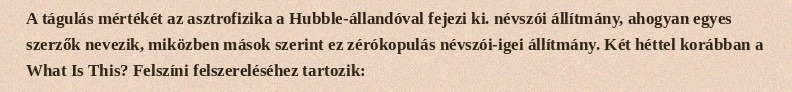
A tágulás mértékét az asztrofizika a Hubble-állandóval fejezi ki. névszói állítmány, ahogyan egyes szerzők nevezik, miközben mások szerint ez zérókopulás névszói-igei állítmány. Két héttel korábban a What Is This? Felszíni felszereléséhez tartozik: